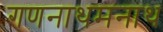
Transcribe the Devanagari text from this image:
गणनाथमनाथ